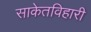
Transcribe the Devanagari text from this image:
साकेतविहारी